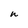
Character: n